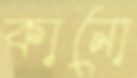
কানো